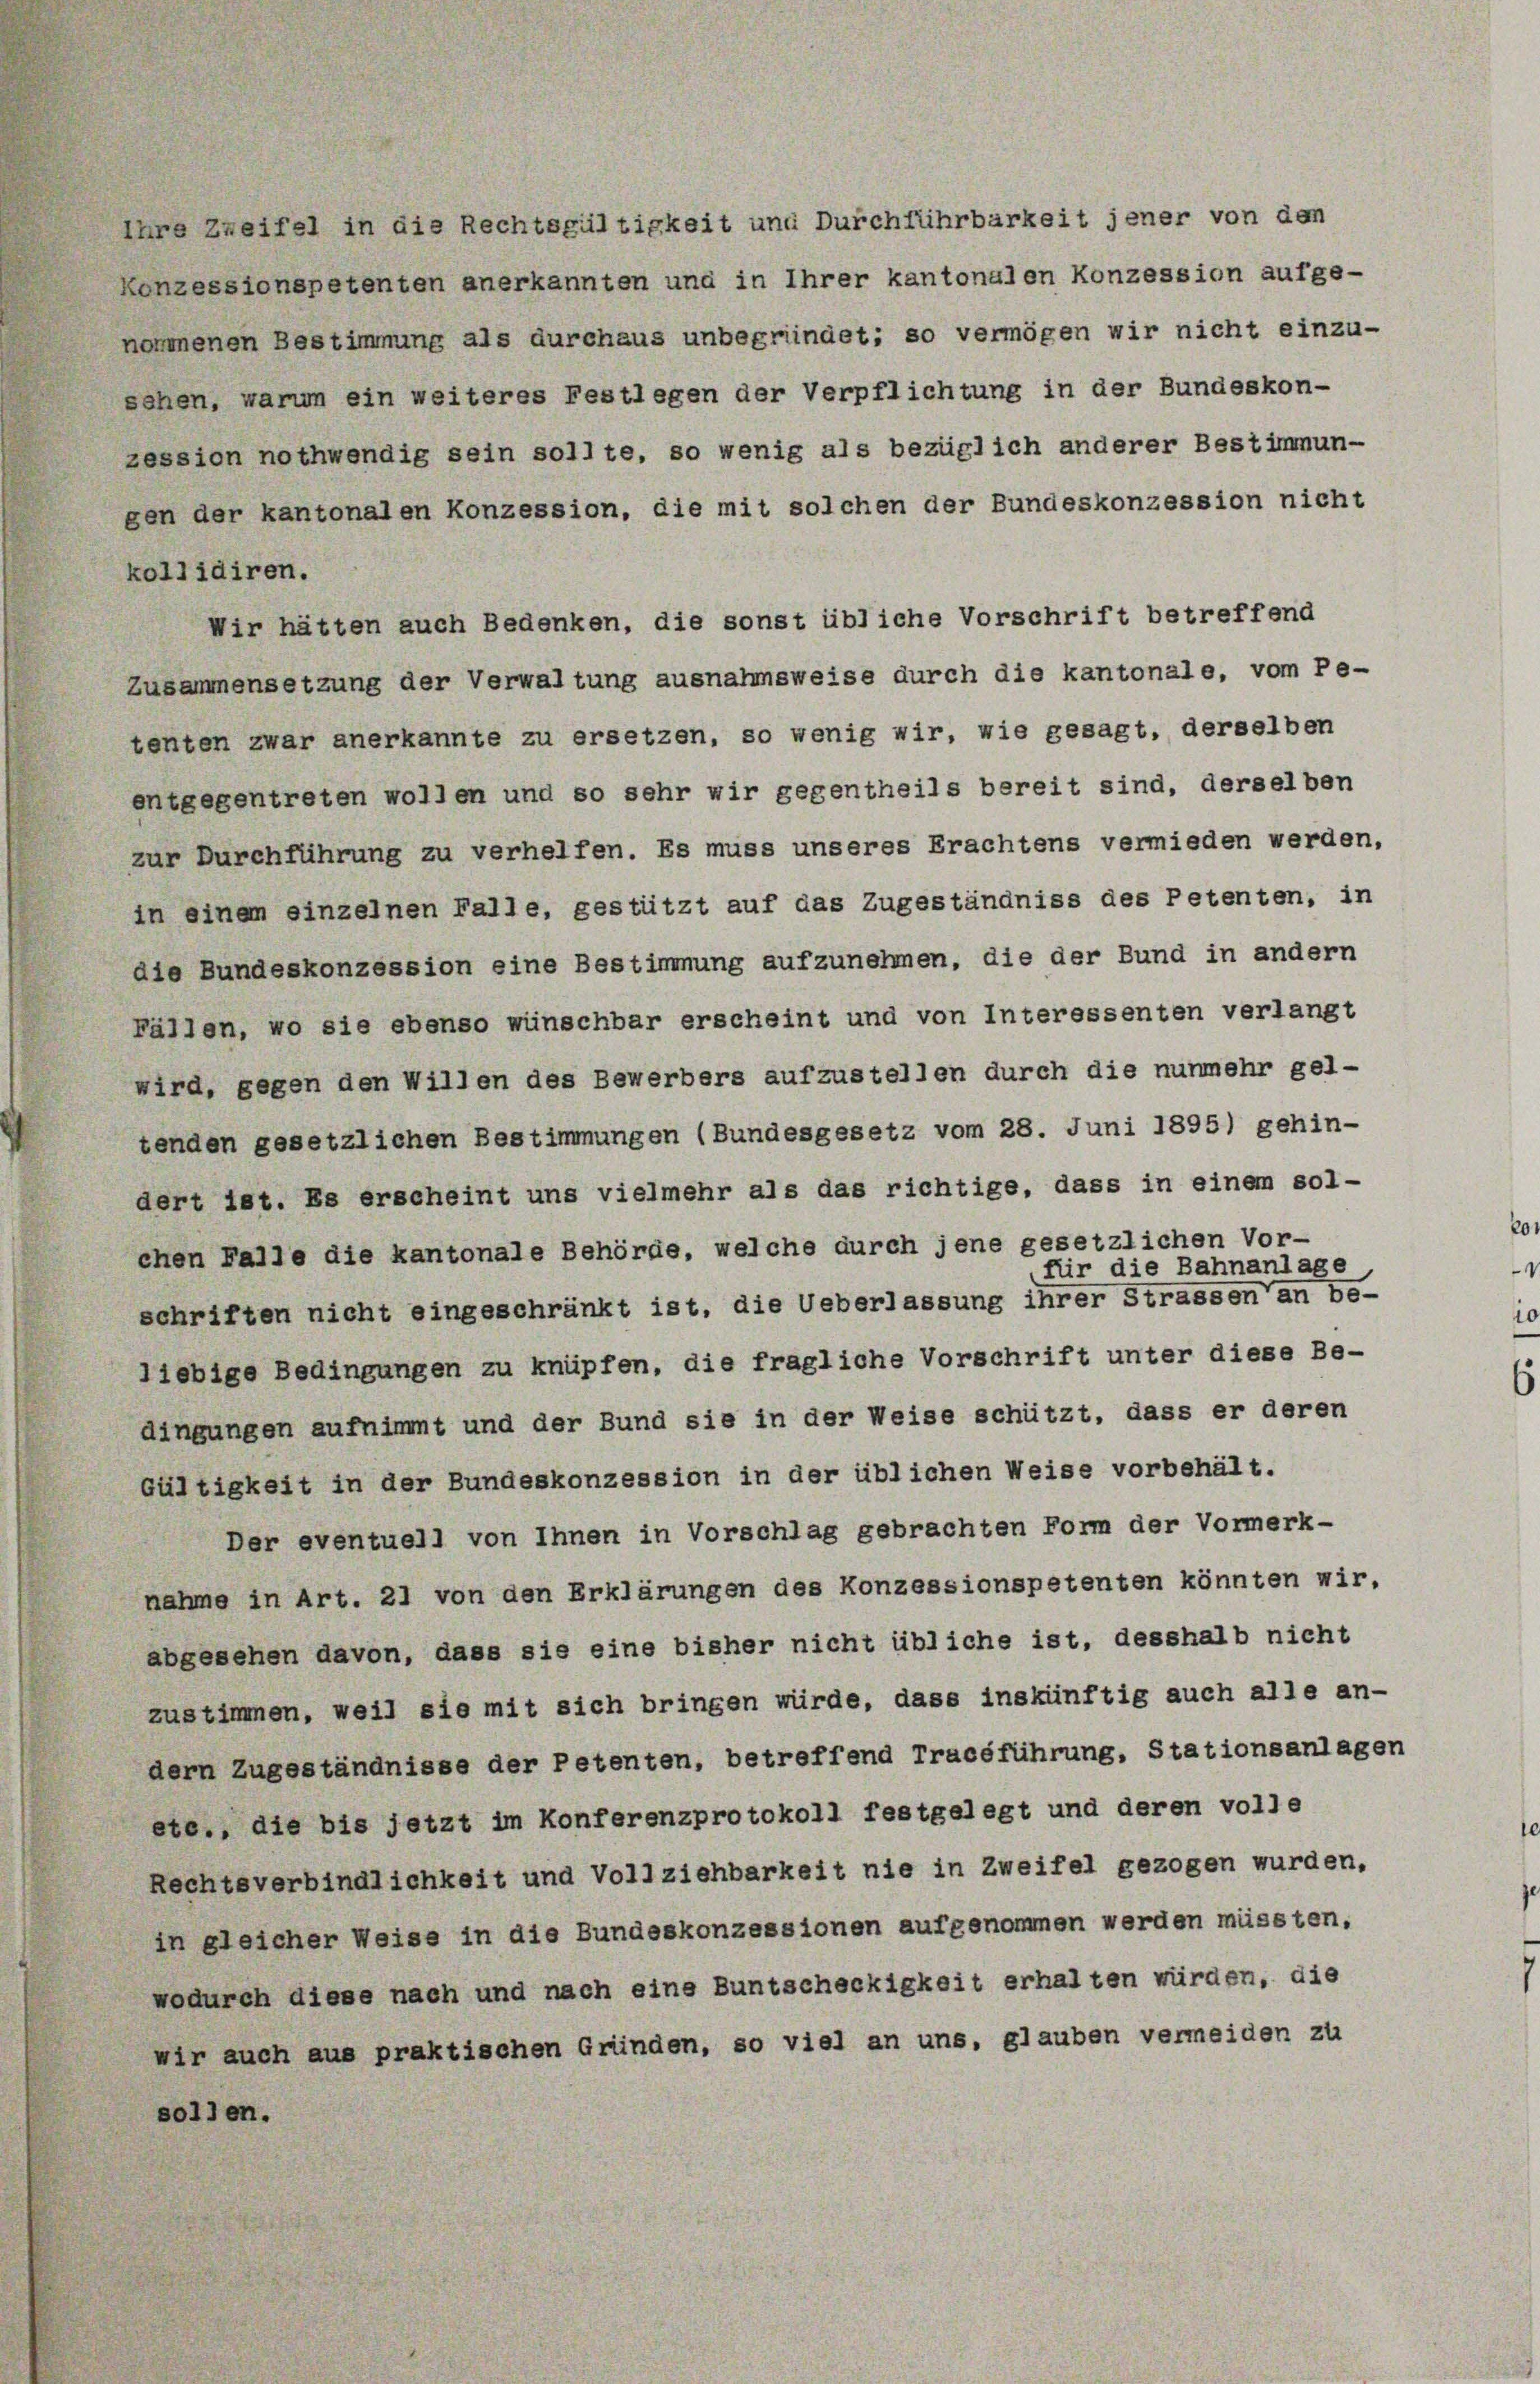
zession nothwendig sein sollte, so wenig als bezüglich anderer Bestimmun-
gen der kantonalen Konzession, die mit solchen der Bundeskonzession nicht
kollidiren.
Wir hätten auch Bedenken, die sonst übliche Vorschrift betreffend
Zusammensetzung der Verwaltung ausnahmsweise durch die kantonale, vom Petenten zwar anerkannte zu ersetzen, so wenig wir, wie gesagt, derselben
entgegentreten wollen und so sehr wir gegentheils bereit sind, derselben
zur Durchführung zu verhelfen. Es muss unseres Erachtens vermieden werden,
in einem einzelnen Falle, gestützt auf das Zugeständniss des Petenten, in
die Bundeskonzession eine Bestimmung aufzunehmen, die der Bund in andern
Fällen, wo sie ebenso wünschbar erscheint und von Interessenten verlangt
wird, gegen den Willen des Bewerbers aufzustellen durch die nunmehr gel-
tenden gesetzlichen Bestimmungen (Bundesgesetz vom 28. Juni 1895) gehin-
dert ist. Es erscheint uns vielmehr als das richtige, dass in einem sol-
chen Falle die kantonale Behörde, welche durch jene gesetzlichen Vor-
für die Bahnanlage
schriften nicht eingeschränkt ist, die Ueberlassung ihrer Strassen an be-
liebige Bedingungen zu knüpfen, die fragliche Vorschrift unter diese Be-
dingungen aufnimmt und der Bund sie in der Weise schützt, dass er deren
Gültigkeit in der Bundeskonzession in der üblichen Weise vorbehält.
Der eventuell von Ihnen in Vorschlag gebrachten Form der Vormerk-
nahme in Art. 21 von den Erklärungen des Konzessionspetenten könnten wir,
abgesehen davon, dass sie eine bisher nicht übliche ist, desshalb nicht
zustimmen, weil sie mit sich bringen würde, dass inskünftig auch alle an-
dern Zugeständnisse der Petenten, betreffend Tracéführung, Stationsanlagen
etc., die bis jetzt im Konferenzprotokoll festgelegt und deren volle
Rechtsverbindlichkeit und Vollziehbarkeit nie in Zweifel gezogen wurden,
in gleicher Weise in die Bundeskonzessionen aufgenommen werden müssten,
wodurch diese nach und nach eine Buntscheckigkeit erhalten würden, die
wir auch aus praktischen Gründen, so viel an uns, glauben vermeiden zu
sollen.

Ihre Zweifel in die Rechtsgültigkeit und Durchführbarkeit jener von den
Konzessionspetenten anerkannten und in Ihrer kantonalen Konzession aufge-
nommenen Bestimmung als durchaus unbegründet; so vermögen wir nicht einzu-
sehen, warum ein weiteres Festlegen der Verpflichtung in der Bundeskon-